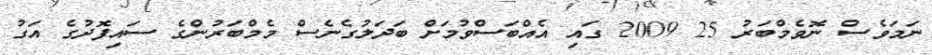
ނަމަވެސް ނޮވެމްބަރު 25 2009 ގައި އެއްބަސްވުމަށް ބަދަލުގެނެސް މެމްބަރުންގެ ސައިފޮދުގެ އަގު